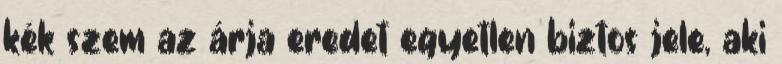
kék szem az árja eredet egyetlen biztos jele, aki